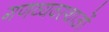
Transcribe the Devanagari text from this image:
गणव्यवस्थाओं